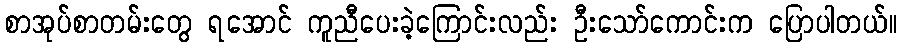
စာအုပ်စာတမ်းတွေ ရအောင် ကူညီပေးခဲ့ကြောင်းလည်း ဦးသော်ကောင်းက ပြောပါတယ်။